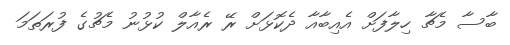
ބާސާ މެޗާ ހިލާފަށް އެއިބާއާ ދެކޮޅަށް ރޭ ރެއާލް ކުޅުނު މެޗުގެ ފުރަތަމަ